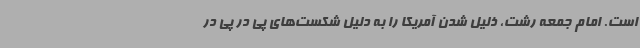
است. امام جمعه رشت، ذلیل شدن آمریکا را به دلیل شکست‌های پی در پی در